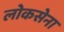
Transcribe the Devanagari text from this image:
लोकसेना